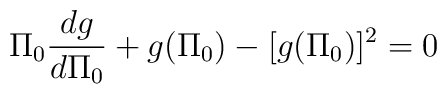
\Pi_0\frac{dg}{d\Pi_0}+g(\Pi_0)-[g(\Pi_0)]^2=0